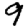
Digit: 9